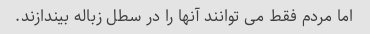
اما مردم فقط می توانند آنها را در سطل زباله بیندازند.